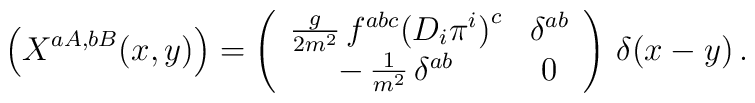
\Bigl(X^{aA,bB}(x,y)\Bigr)=\left(\begin{array}{cc}\frac{g}{2m^2}\,f^{abc}\bigl(D_i\pi^i\bigr)^c&\delta^{ab}\\-\,\frac{1}{m^2}\,\delta^{ab}&0\end{array}\right)\,\delta(x-y)\,.